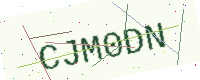
Text: CJM0DN